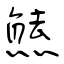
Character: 㷱